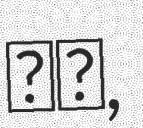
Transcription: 暎夫,